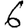
Digit: 6